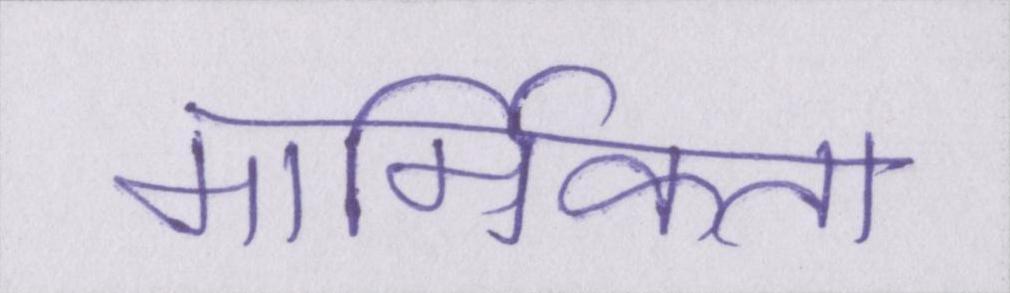
मार्मिकता